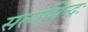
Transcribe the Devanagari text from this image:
सत्यमिन्द्रः